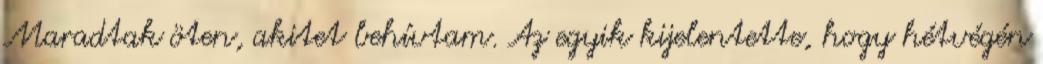
Maradtak öten, akitet behívtam. Az egyik kijelentette, hogy hétvégén